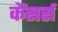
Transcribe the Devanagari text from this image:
कैंसर्स